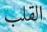
القلب